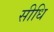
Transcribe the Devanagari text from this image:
सीधि